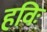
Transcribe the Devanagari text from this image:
हविः